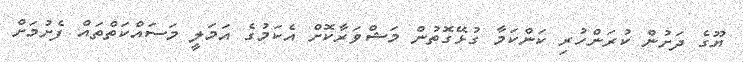
ޔޫގެ ދަށުން ކުރަންހުރި ކަންކަމާ ގުޅޭގޮތުން މަޝްވަރާކޮށް އެކަމުގެ އަމަލީ މަސައްކަތްތައް ފެށުމަށް